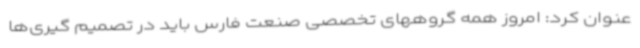
عنوان کرد: امروز همه گروههای تخصصی صنعت فارس باید در تصمیم گیری‌ها